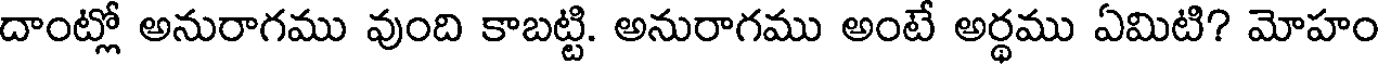
దాంట్లో అనురాగము వుంది కాబట్టి. అనురాగము అంటే అర్థము ఏమిటి? మోహం